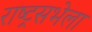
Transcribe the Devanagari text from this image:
राष्ट्रसभेला